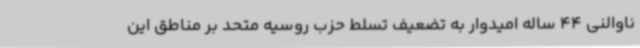
ناوالنی 44 ساله امیدوار به تضعیف تسلط حزب روسیه متحد بر مناطق این